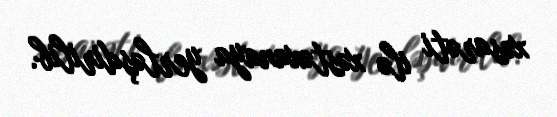
xəsarəti ilə xəstəxanaya yerləşdirilib.